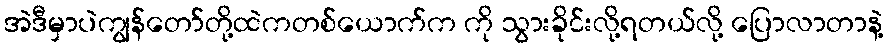
အဲဒီမှာပဲကျွန်တော်တို့ထဲကတစ်ယောက်က ကို သွားခိုင်းလို့ရတယ်လို့ ပြောလာတာနဲ့